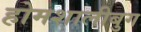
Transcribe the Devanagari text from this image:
होमशालीबुग